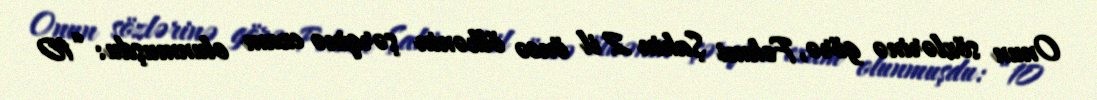
Onun sözlərinə görə, Fəhmi Şahin 2 il öncə ölkənin şərqinə ezam olunmuşdu: “10